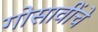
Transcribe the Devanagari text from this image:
गोसावींचे